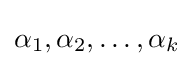
\alpha _{1},\alpha _{2},\ldots ,\alpha _{k}